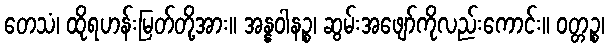
တေသံ၊ ထိုရဟန်းမြတ်တို့အား။ အန္နဝါနဉ္စ၊ ဆွမ်းအဖျော်ကိုလည်းကောင်း။ ဝတ္တဉ္စ၊